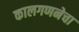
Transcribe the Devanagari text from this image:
कालगणनेचा